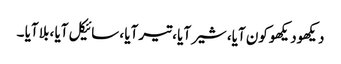
دیکھودیکھو کون آیا، شیر آیا ، تیر آیا ، سائیکل آیا ، بلا آیا ۔